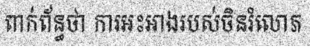
ពាក់ព័ន្ធថា ការអះអាងរបស់ចិនរំលោភ